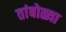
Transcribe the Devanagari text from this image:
तांबोळ्या